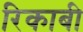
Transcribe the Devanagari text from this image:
रिकाबी